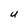
Character: U